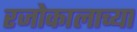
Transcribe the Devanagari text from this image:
रजोकालाच्या